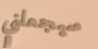
سيجعلني